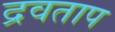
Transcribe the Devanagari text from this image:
द्रवताप